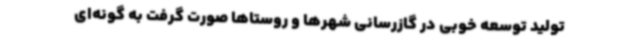
تولید توسعه خوبی در گازرسانی شهرها و روستاها صورت گرفت به گونه‌ای